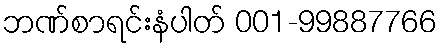
ဘဏ်စာရင်းနံပါတ် 001-99887766